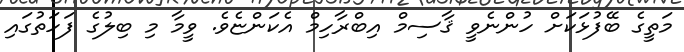
މަތީގެ ބޭފުޅަކަށް ހުންނެވީ ޤާސިމް އިބްރާހިމް އެކަންޏެވެ. ވީމާ މި ބިލުގެ ފަހަތުގައި